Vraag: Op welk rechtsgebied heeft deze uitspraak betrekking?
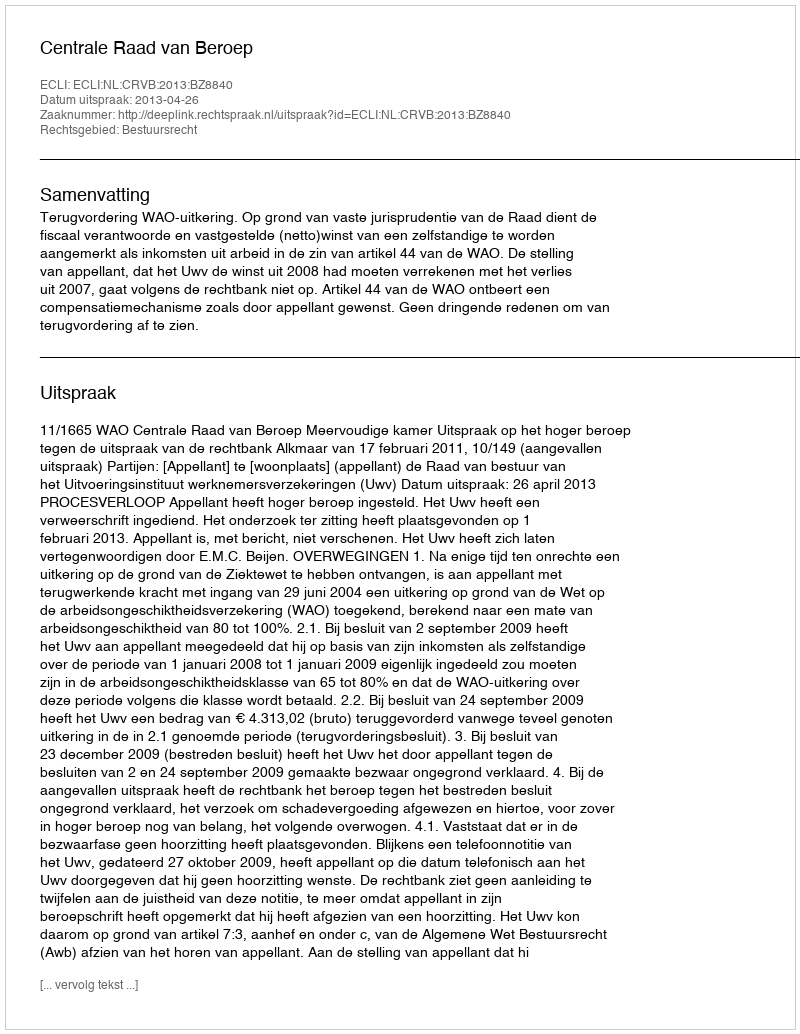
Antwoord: Bestuursrecht